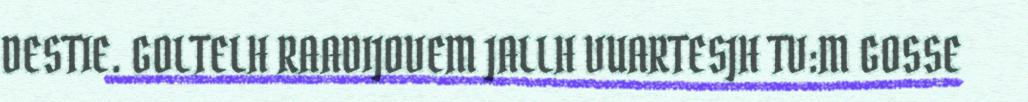
DESTIE. GOLTELH RAADIJOVEM JALLH VUARTESJH TV:M GOSSE